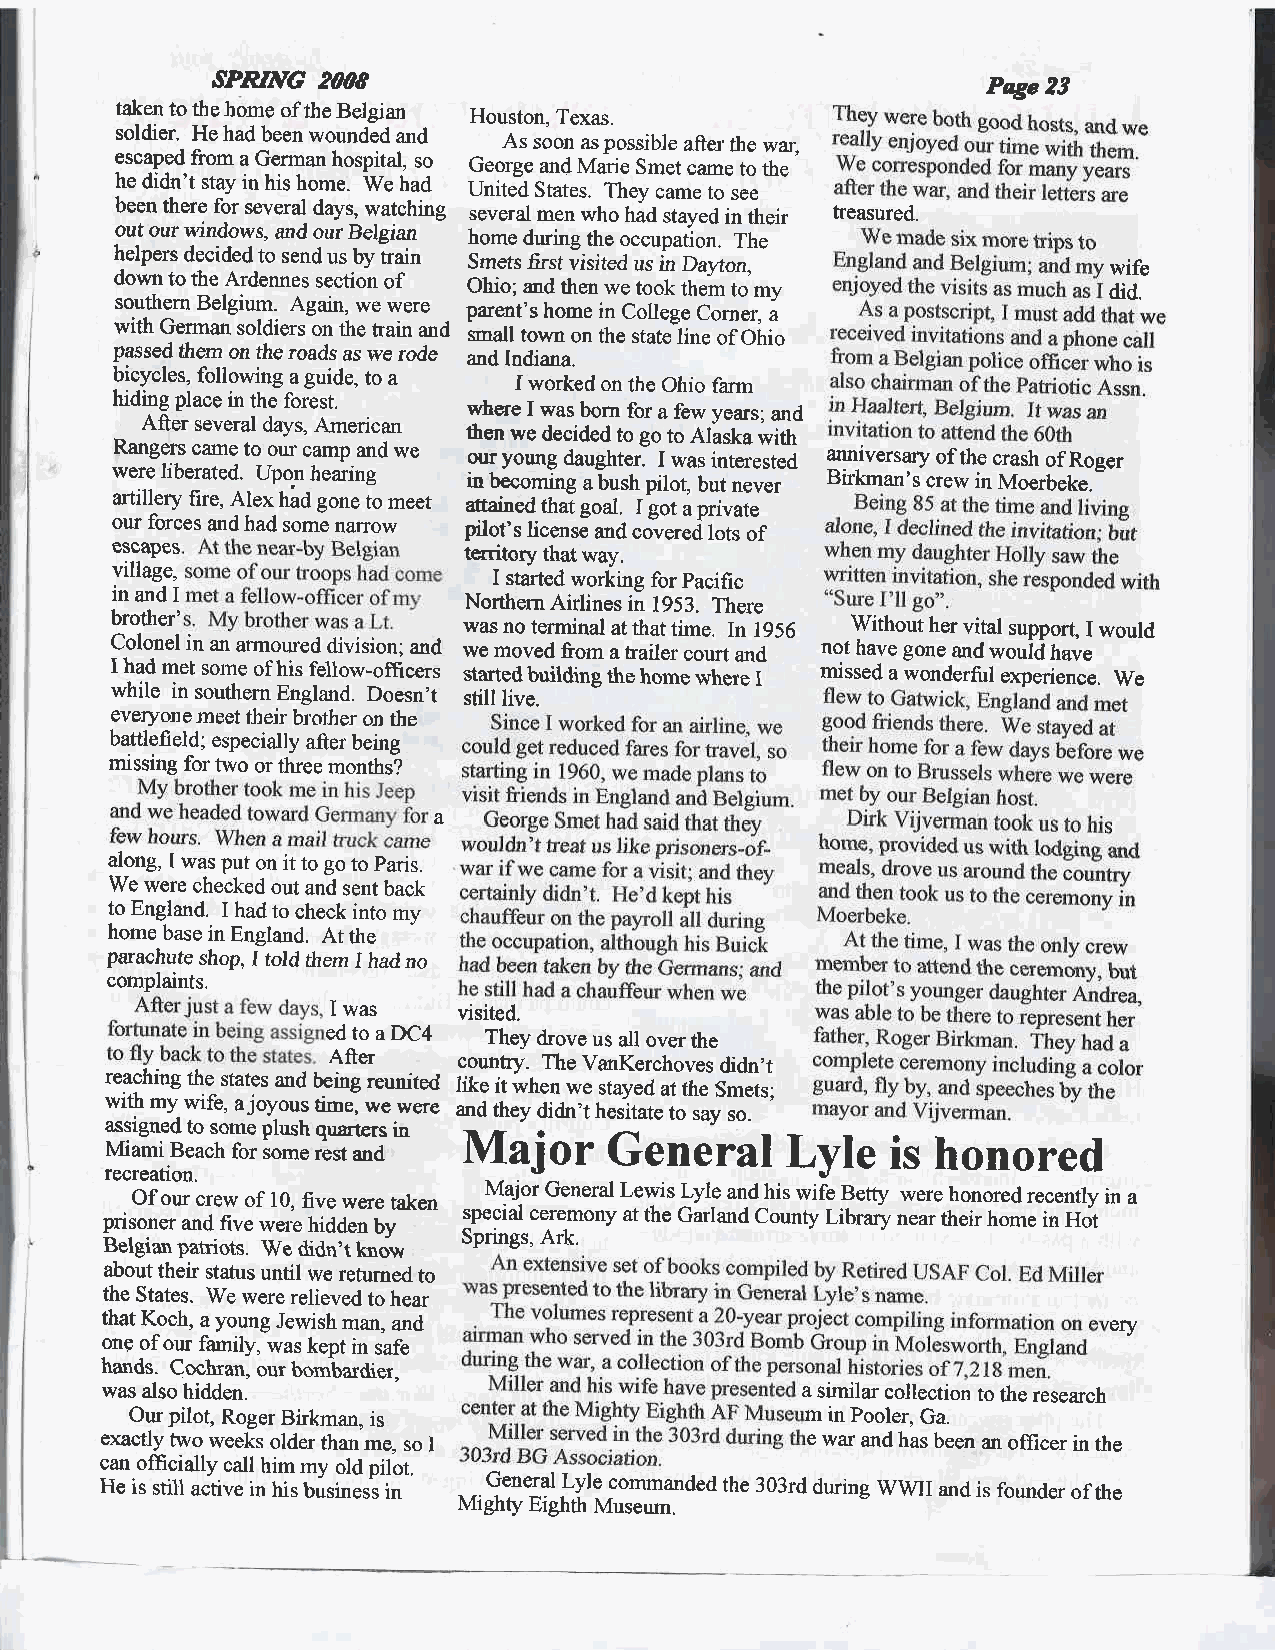
SPRINE 2OO8                                        Prye 23
 taken to tle home of the Belgian Houston, Texas.
 soldier. He had been wounded and As soon as possibJe after.the war.
 escaped from a German hospital, so George and Marie Smet came to the
 he didn't stay in his home. We had United States. They came to see
 been there for several days, watching several men who had stayed in their treasured.
 out our windows, and our Belgian home during the occupation. The
 helpers decided to send us by train Smets first visited us in Dawon. wife
 down to the Ardennes section of Ohio; and then we took thern tomy did.
 southern Belgium. Again, we were parent's home in College Corner, a
 with German soldiers on the train and small town on the state line of Ohio
 passed fhem on the roads as we rode and lndiana.
 bicycles, following a guide, to a I worked on the Ohio farm
 hiding place in the forest,
 where I was born for a few years; and
 After several days, American
 the,n we decided to go to Alaska with
 Rangers came to our camp and we our young daughter. I was interested aruriversary of the crash of Roger
 were liberated. Upon hearing in becoming a bush pilo! but never Birkman's crew in Moerbeke.
 artillery fire, Alex had gone to meet tteinelthat goal, I got a private
 our forces and had some narrow pilot's license and covered lots of
 escapes                 territory that way.
 village,                  I started working for pacific
 in and I                Northern Airlines in 1953. There
 brother'                was no terminal at that time. In 1956 Without her vital support, I would
 Colonel in an armoured division; and we moved from a trailer court and not have gone and wouid hav"
 I had met some of his fellow-officers started building the home where I missed a wonderful experience. We
 while in southern England. Doesn't still live.
 everyone meet their brofher on tle
 battlefield; especially after being
 missing for two or tlree months?
 a
 along, I was put on it to go to paris.
 We were checked out and sent back
 to England. I had to check into mv
 home base in England. At the
 parachute shop, I told tftem I had no
 complaints.
 I was   visited.
 ed to a DC4 They drove us all over the
 After   country. The VanKerchoves didn,t
 reaching the states and being reunited Iike it when we stayed at the Smets;
 with my wife, a joyous time, we were and they didn't hesitate to say so.
 assigned to some plush quaters in
 Miami Beach for some rest and rVlajor General Lyle  is honored
 recreation.
 Of our crew of 10, five were taken Major General Lewis Lyle and his wife Betty were honored recently in a
 prisoner and five were hidden bv special ceremony at the Garland county Library near their home in Hot
 Springs, Ark.
 Belgian patriots. We didn,t know
 about their status until we returned to
 the States. We were relieved to hear
 that Koch, a young Jewish man, and                                 ery
 of our family, was kept in safe
 _on-e
 hands. Cochran, our bomlardier.
 was also hidden.                              a similar collection to the research
 Ourpilot, Roger Birkman, is
 exactly two weeks older than me. so I         l',1.i,"ff1T;3;;." an orricer in the
 can oflicially call him my old pilot.
 He is still active in his businesi in - -.9*94 Lyle commanded the 303rd during WWII and is fo'nder of the
 Mighty Eighth Museum.